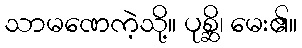
သာမဏေကဲ့သို့။ ပုစ္ဆိ၊ မေး၏။